Annual report of the Bengal Veterinary College and of the Civil Veterinary Department, Bengal, for the year 1909-1910 - 1909-1910
Year: 1909
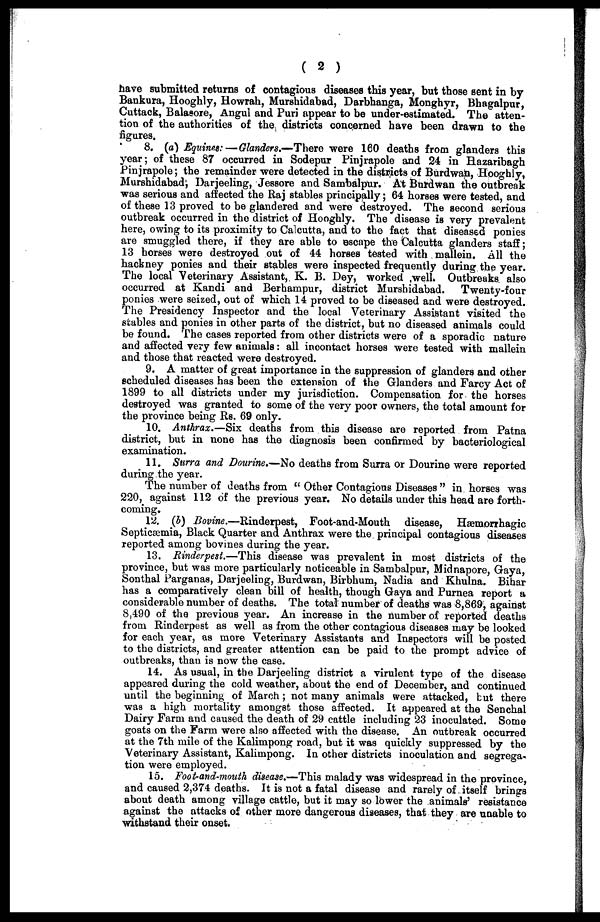
( 2 )
have submitted returns of contagious diseases this year, but those sent in by
Bankura, Hooghly, Howrah, Murshidabad, Darbhanga, Monghyr, Bhagalpur,
Cuttack, Balasore, Angul and Puri appear to be under-estimated. The atten-
tion of the authorities of the districts concerned have been drawn to the
figures.
8. (a) Equines:—Glanders.—There were 160 deaths from glanders this
year; of these 87 occurred in Sodepur Pinjrapole and 24 in Hazaribagh
Pinjrapole; the remainder were detected in the districts of Burdwan, Hooghly,
Murshidabad, Darjeeling, Jessore and Sambalpur. At Burdwan the outbreak
was serious and affected the Raj stables principally; 64 horses were tested, and
of these 13 proved to be glandered and were destroyed. The second serious
outbreak occurred in the district of Hooghly. The disease is very prevalent
here, owing to its proximity to Calcutta, and to the fact that diseased ponies
are smuggled there, if they are able to escape the Calcutta glanders staff;
13 horses were destroyed out of 44 horses tested with mallein. All the
hackney ponies and their stables were inspected frequently during the year.
The local Veterinary Assistant, K. B. Dey, worked well. Outbreaks also
occurred at Kandi and Berhampur, district Murshidabad.
Twenty-four
ponies were seized, out of which 14 proved to be diseased and were destroyed.
The Presidency Inspector and the local Veterinary Assistant visited the
stables and ponies in other parts of the district, but no diseased animals could
be found. The cases reported from other districts were of a sporadic nature
and affected very few animals: all incontact horses were tested with mallein
and those that reacted were destroyed.
9. A matter of great importance in the suppression of glanders and other
scheduled diseases has been the extension of the Glanders and Farcy Act of
1899 to all districts under my jurisdiction. Compensation for the horses
destroyed was granted to some of the very poor owners, the total amount for
the province being Rs. 69 only.
10. Anthrax.—Six deaths from this disease are reported from Patna
district, but in none has the diagnosis been confirmed by bacteriological
examination.
11. Surra and Dourine.—No deaths from Surra or Dourine were reported
during the year.
The number of deaths from "Other Contagious Diseases" in horses was
220, against 112 of the previous year. No details under this head are forth-
coming.
12. (b) Bovine.—Rinderpest,
Foot-and-Mouth disease, Hæmorrhagic
Septicæmia, Black Quarter and Anthrax were the principal contagious diseases
reported among bovines during the year.
13. Rinderpest.—This disease was prevalent in most districts of the
province, but was more particularly noticeable in Sambalpur, Midnapore, Gaya,
Sonthal Parganas, Darjeeling, Burdwan, Birbhum, Nadia and Khulna. Bihar
has a comparatively clean bill of health, though Gaya and Purnea report a
considerable number of deaths. The total number of deaths was 8,869, against
8,490 of the previous year. An increase in the number of reported deaths
from Rinderpest as well as from the other contagious diseases may be looked
for each year, as more Veterinary Assistants and Inspectors will be posted
to the districts, and greater attention can be paid to the prompt advice of
outbreaks, than is now the case.
14. As usual, in the Darjeeling district a virulent type of the disease
appeared during the cold weather, about the end of December, and continued
until the beginning of March; not many animals were attacked, but there
was a high mortality amongst those affected. It appeared at the Senchal
Dairy Farm and caused the death of 29 cattle including 23 inoculated. Some
goats on the Farm were also affected with the disease. An outbreak occurred
at the 7th mile of the Kalimpong road, but it was quickly suppressed by the
Veterinary Assistant, Kalimpong. In other districts inoculation and segrega-
tion were employed.
15. Foot-and-mouth disease.—This malady was widespread in the province,
and caused 2,374 deaths. It is not a fatal disease and rarely of itself brings
about death among village cattle, but it may so lower the animals' resistance
against the attacks of other more dangerous diseases, that they are unable to
withstand their onset.